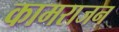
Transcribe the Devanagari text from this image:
कामराजन